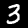
Label: 3